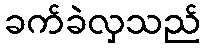
ခက်ခဲလှသည်